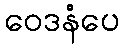
ဝေဒနံပေ